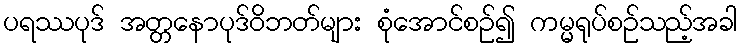
ပရဿပုဒ် အတ္တနောပုဒ်ဝိဘတ်များ စုံအောင်စဉ်၍ ကမ္မရုပ်စဉ်သည့်အခါ